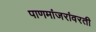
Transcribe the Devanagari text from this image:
पाणमांजरांवरती